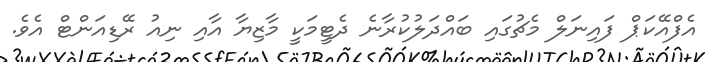
އެފްއޭކަޕް ފައިނަލް މެޗުގައި ބައްދަލުކުރާނެ ދެޓީމަކީ މާޒިޔާ އާއި ނިއު ރޭޑިއަންޓް އެވެ.